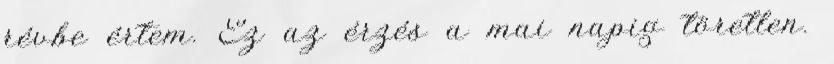
révbe értem. Ez az érzés a mai napig töretlen.